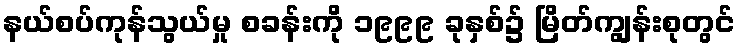
နယ်စပ်ကုန်သွယ်မှု စခန်းကို ၁၉၉၉ ခုနှစ်၌ မြိတ်ကျွန်းစုတွင်